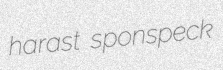
harast sponspeck